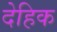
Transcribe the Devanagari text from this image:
देहिक